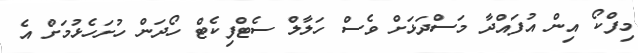
މިފްކޯ އިން އުފައްދާ މަސްދަޅަށް ވެސް ހަލާލް ސެޓްފިކެޓް ހޯދަން ހުށަހެޅުމަށް އެ